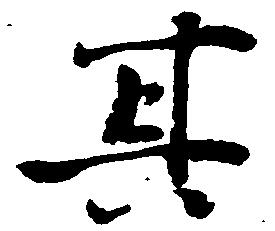
其